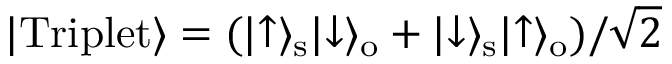
\lvert \mathrm { T r i p l e t } \rangle = ( \lvert \uparrow \rangle _ { \mathrm { s } } \lvert \downarrow \rangle _ { \mathrm { o } } + \lvert \downarrow \rangle _ { \mathrm { s } } \lvert \uparrow \rangle _ { \mathrm { o } } ) / \sqrt { 2 }